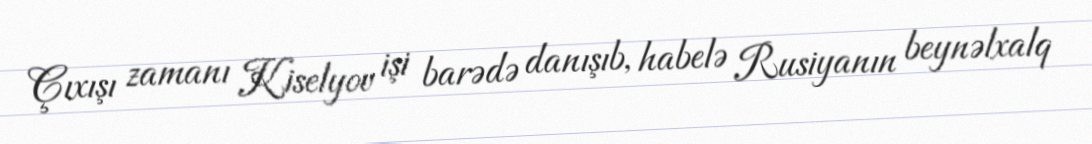
Çıxışı zamanı Kiselyov işi barədə danışıb, habelə Rusiyanın beynəlxalq